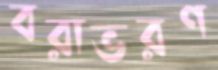
বরাভরণ